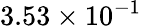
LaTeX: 3.53\times 10^{-1}